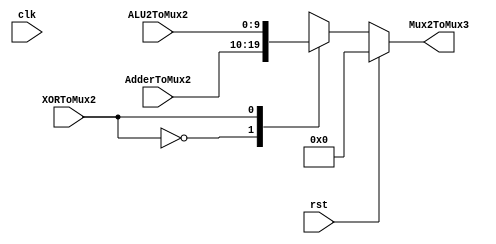
`timescale 1ns / 1ps
//////////////////////////////////////////////////////////////////////////////////
// Company:
// Engineer:
//
// Design Name:
// Module Name: Mux2
// Project Name:
// Target Devices:
// Tool Versions:
// Description:
//
// Dependencies:
//
// Revision:
// Revision 0.01 - File Created
// Additional Comments:
//
//////////////////////////////////////////////////////////////////////////////////


module Mux2#(parameter integer N = 10)(
    input rst,
    input XORToMux2, //control signal
    input clk,
    input signed [N-1:0] ALU2ToMux2,
    input signed [N-1:0] AdderToMux2,
    output reg signed [N-1:0] Mux2ToMux3
    );

always @(XORToMux2 or ALU2ToMux2 or AdderToMux2 or rst)
  begin
  if (rst) Mux2ToMux3 <= 0;
  else begin
  case (XORToMux2)
    1'b0 : Mux2ToMux3 <= AdderToMux2;
    1'b1 : Mux2ToMux3 <= ALU2ToMux2;  
    default: Mux2ToMux3 <= Mux2ToMux3;
  endcase
 end
 end
endmodule